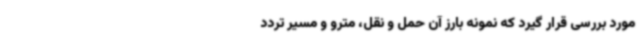
مورد بررسی قرار گیرد که نمونه بارز آن حمل و نقل، مترو و مسیر تردد